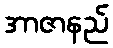
အာဇာနည်